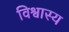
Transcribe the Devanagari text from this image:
विश्वास्य